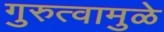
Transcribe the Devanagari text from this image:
गुरुत्वामुळे